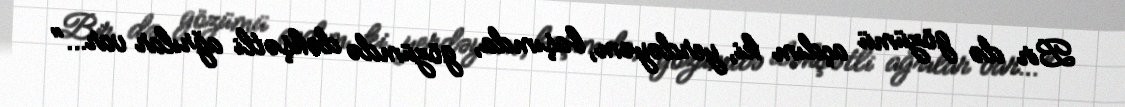
Bir də gözümü açdım ki, yerdəyəm, başımda, gözümdə dəhşətli ağrılar var…"